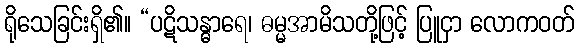
ရိုသေခြင်းရှိ၏။ “ပဋိသန္ဓာရေ၊ ဓမ္မအာမိသတို့ဖြင့် ပြူငှာ လောကဝတ်